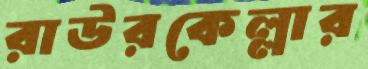
রাউরকেল্লার